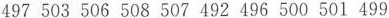
497 503 506 508 507 492 496 500 501 499